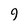
Character: 9